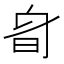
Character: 𣅞